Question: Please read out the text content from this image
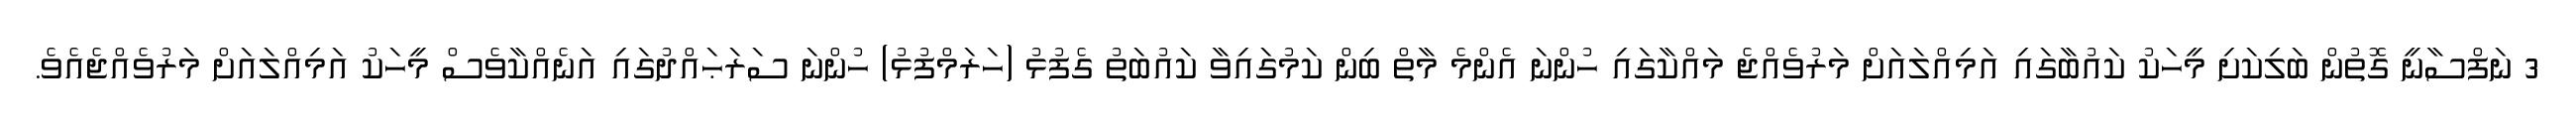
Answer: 3 ނަފްސާނީ ގޮތުން ބަލިކަށި މީހަކު ކައުބާގައި އަމިއްލައަށް މަރުވެއްޖެ މައްކާގައި ހުންނަ އެންމެ މާތް ބިން ކަމުގައިވާ ކައުބަތު ގެފުޅު (ހަރަމްފުޅު) ހުންނަ ސަރަޙައްދުގައި އަނެއްކާވެސް މީހަކު އަމިއްލައަށް މަރުވެއްޖެއެވެ.